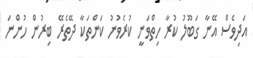
އަދިވެސް އޭނާ ގަބޫލު ކުރާ ހިތްވަނީ ކުރެވުނު ކަންތަކާ ދޭތެރޭ ބިރުން ހުންނަ